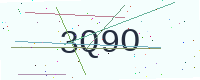
Text: 3Q9O